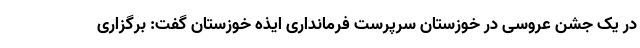
در یک جشن عروسی در خوزستان سرپرست فرمانداری ایذه خوزستان گفت: برگزاری